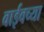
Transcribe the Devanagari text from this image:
वाईवच्या